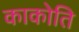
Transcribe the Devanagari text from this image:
काकोति